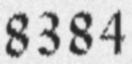
8384